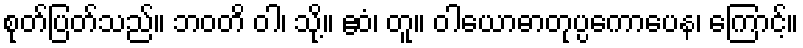
စုတ်ပြတ်သည်။ ဘဝတိ ဝါ၊ သို့။ ဧဝံ၊ တူ။ ဝါယောဓာတုပ္ပကောပေန၊ ကြောင့်။